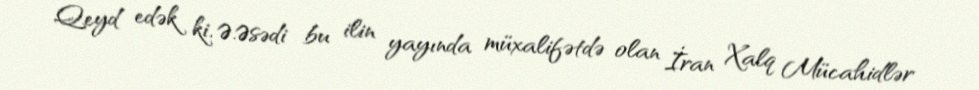
Qeyd edək ki, Ə.Əsədi bu ilin yayında müxalifətdə olan İran Xalq Mücahidlər